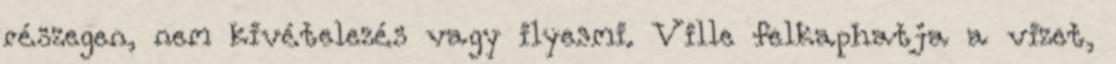
részegen, nem kivételezés vagy ilyesmi. Ville felkaphatja a vizet,